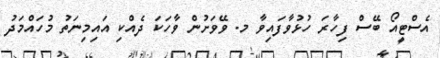
އެސްޓީއޯ ބޭސް ފިހާރަ ހުޅުވާފައިވާ މ. ވޭވަށުން ވާހަކަ ދެއްކި އައިމިނަތު މުހައްމަދު